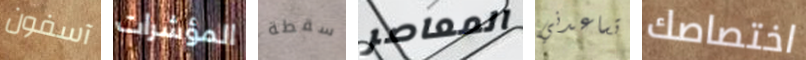
آسفون المؤشرات سقطة المعاصر تساعدني اختصاصك